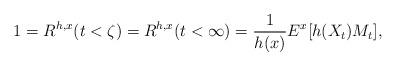
LaTeX: \begin{align*}1=R^{h,x}(t<\zeta)=R^{h,x}(t<\infty)=\frac{1}{h(x)}E^x[h(X_t)M_t],\end{align*}